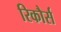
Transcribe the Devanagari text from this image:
रिकौर्स